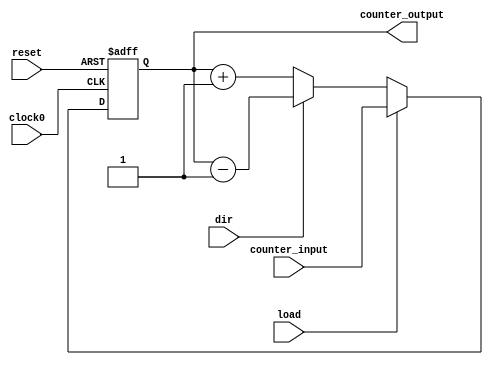
//-------------------------------------------------------
//  Functionality: An n-bit asynchronous reset up down counter 
//-------------------------------------------------------
`define UP_DOWN_COUNTER 64
`define LOAD_FUNCTION


module up_down_counter(
    input wire clock0,
    input wire reset,
    input wire dir, // 0 for up counting and 1 for down counting
    `ifdef LOAD_FUNCTION
        input wire load,
        input wire [`UP_DOWN_COUNTER - 1:0] counter_input,
    `endif
    output wire [`UP_DOWN_COUNTER - 1:0] counter_output
);
    reg [`UP_DOWN_COUNTER - 1:0] counter_data;
    assign counter_output = counter_data;

    always @(posedge clock0 or posedge reset) begin
        if(reset)begin
            counter_data <= {`UP_DOWN_COUNTER{1'b0}};
        end else begin
            
            `ifdef LOAD_FUNCTION
                if(load) begin
                    counter_data <= counter_input;
                end else begin
                    if(dir == 1)begin counter_data <= counter_data - 1; end
                    else if(dir == 0)begin counter_data <= counter_data + 1; end
                end
            `else 
                if(dir == 1)begin counter_data <= counter_data - 1; end
                else if(dir == 0)begin counter_data <= counter_data + 1; end
            `endif
        end
    end

endmodule